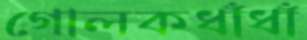
গোলকধাঁধাঁ